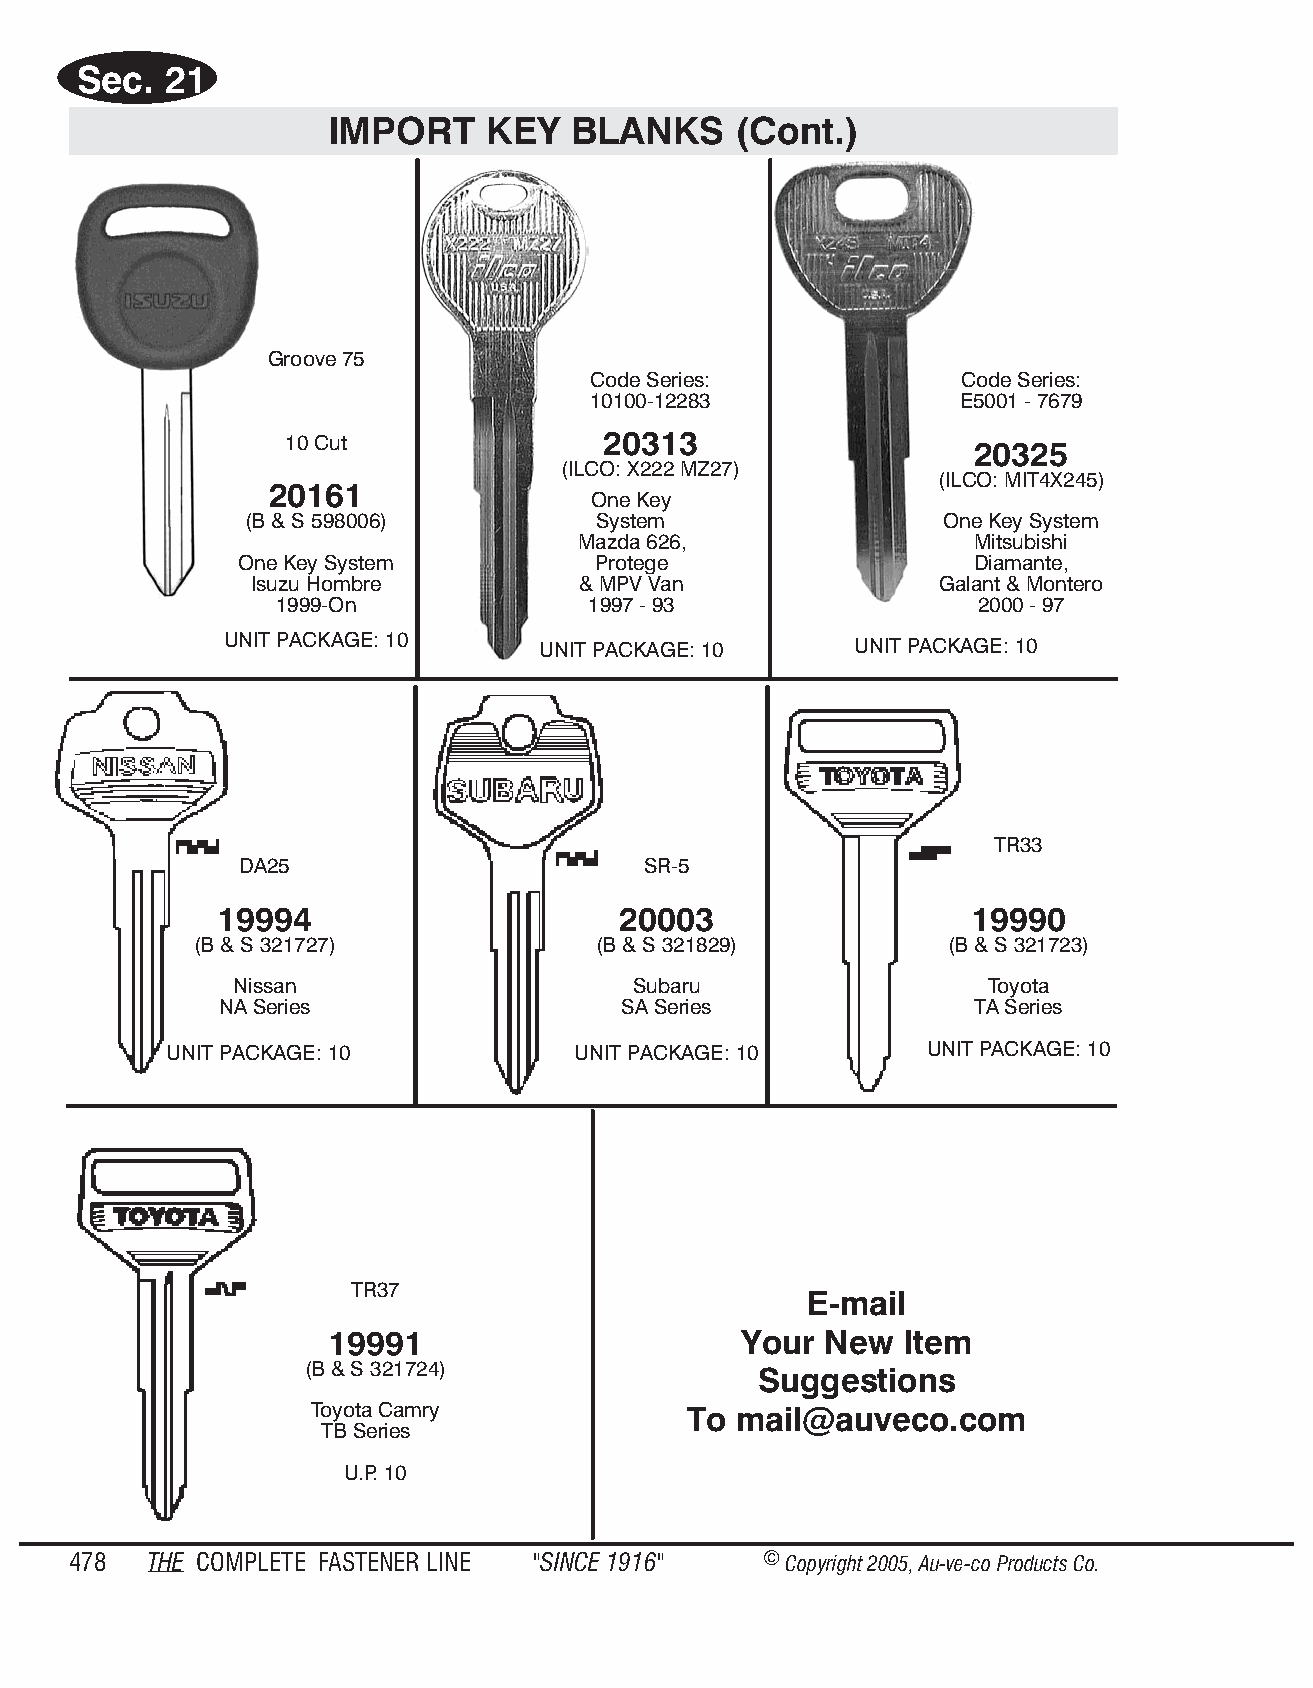
Sec.  21
 IMPORT    KEY   BLANKS     (Cont.)
 Groove 75
 Code Ser ies:            Code Series:
 10100-12283              E5001 - 7679
 10 Cut               20313
 20325
 (ILCO: X222 MZ27)
 (ILCO: MIT4X245)
 20161
 One Key
 (B & S 598006)          Sys tem                One Key System
 Mazda 626,                 Mitsubishi
 One Key System          Pro tege                 Diamante,
 Isuzu Hombre          & MPV Van              Galant & Montero
 1999-On             1997 - 93                 2000 - 97
 UNIT PACKAGE: 10
 UNIT PACKAGE: 10     UNIT PACKAGE: 10
 TR33
 DA25                       SR-5
 19994                     20003                   19990
 (B & S 321727)             (B & S 321829)         (B & S 321723)
 Nissan                    Subaru                  Toy ota
 NA Se ries                SA Se ries              TA Se ries
 UNIT PACKAGE: 10           UNIT PACKAGE: 10        UNIT PACK AGE: 10
 TR37
 E-mail
 19991                      Your  New  Item
 (B & S 321724)
 Sug  ges tions
 Toy ota Camry            To mail@auveco.com
 TB Se ries
 U.P. 10
 478  THE COM PLETE FAST ENER LINE "SINCE 1916" © Copyr ight 2005, Au-ve-co Produ cts Co.